Vaccination in Bombay 1869-1873 - 1869-1873
Year: 1869
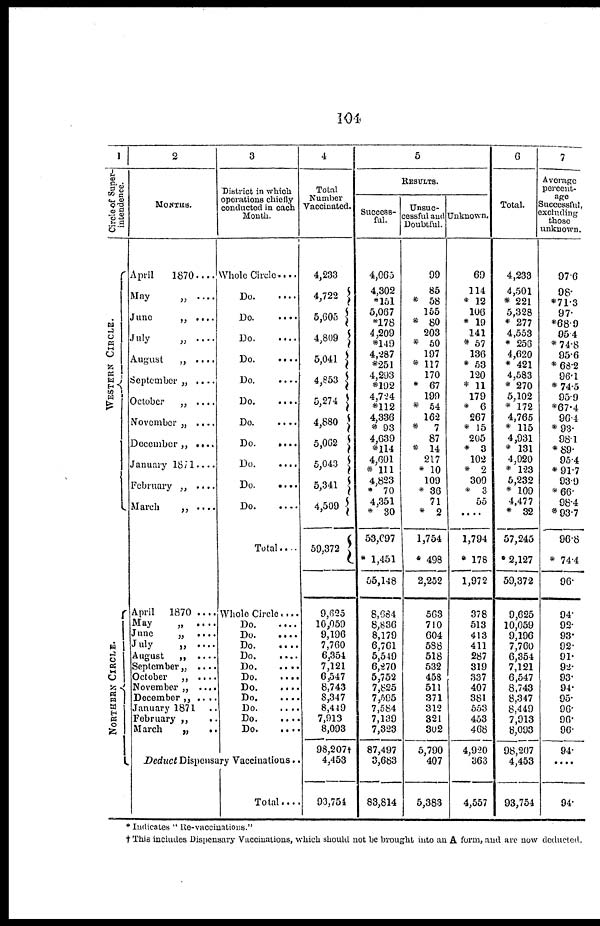
104
1
Circle of Super¬
intendence.
WESTERN CIRCLE.
NORTHERN CIRCLE.
2
MONTHS.
April
1870 ....
May
„
....
June
„ ....
July
„
....
August
„ ....
September „ ....
October
„
....
November „ ....
December „ ....
January 1871....
February „
....
March
„ ....
April
1870 ....
May
,
June
„
....
July
„
....
August
,
September „
....
October
„
....
November „
....
December „ ....
January 1871
February „
March
„
..
3
District in which
operations chiefly
conducted in each
Month.
Whole Circle...
Do
Do
Do
Do
Do
Do
Do
Do
Do
Do.
....
Do
Total....
Whole Circle....
Do
Do
Do
Do
Do
Do
Do
Do
Do
Do
Do
Deduct Dispensary Vaccinations.
Total...
4
Total
Number
Vaccinated.
4,233
4,722
5,605
4,809
5,041
4,853
5,274
4,880
5,062
5,043
5,341
4,509
59,372
9,625
10,059
9,196
7,760
6,354
7,121
6,547
8,743
8,347
8,449
7,913
8,093
98,207†
4,453
93,754
5
RESULTS.
Success-
ful.
4,065
4,302
*15l
5,067
*178
4,209
*149
4,287
*251
4,293
*192
4,724
*112
4,336
*93
4,639
*114
4,601
* 111
4,823
* 70
4,351
* 30
53,697
* 1,451
55,148
8,684
8,836
8,179
6,761
5,549
6,270
5,752
7,825
7,595
7,584
7,139
7,323
87,497
3,683
83,814
Unsuc-
cessful and
Doubtful.
99
85
*58
155
*80
203
* 50
197
* 117
170
*67
199
*54
162
*7
87
* 14
217
* 10
109
* 36
71
* 2
1,754
* 498
2,252
563
710
604
588
518
532
458
511
371
312
321
302
5,790
407
5,383
Unknown.
69
114
* 12
106
*19
141
* 57
136
* 53
120
*11
179
*6
267
*15
205
*3
102
* 2
300
*3
55
....
1,794
* 178
1,972
378
513
413
411
287
319
337
407
381
553
453
468
4,920
363
4,557
6
Total.
4,233
4,501
* 221
5,328
* 277
4,553
* 256
4,620
* 421
4,583
* 270
5,102
*172
4,765
* 115
4,931
*131
4,920
* 123
5,232
*109
4,477
*32
57,245
* 2,127
59,372
9,625
10,059
9,196
7,760
6,354
7,121
6,547
8,743
8,347
8,449
7,913
8,093
98,207
4,453
93,754
7
Average
percent¬
age
Successful,
excluding
those
unknown.
97.6
98.
*71.3
97.
*68.9
95.4
*74.8
95.6
*68.2
96.1
*74.5
95.9
*67.4
96.4
*93.
98.1
*89.
95.4
*91.7
93.9
*66.
98.4
*93.7
96.8
* 74.4
96.
94.
92.
93.
92.
91.
92.
93.
94.
95.
96.
96.
96.
94.
....
94.
* Indicates " Re-vaccinations."
†This includes Dispensary Vaccinations, which should not be brought into an A form, and are now deducted.